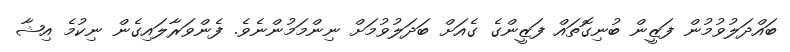
ބައްދަލުވުމުން ފަޒީން ބުނިގޮތައް ފަޒީންގެ ގެއަށް ބަދަލުވުމަށް ނިންމަމުންނެވެ. ފެންވަރާލައިގެން ނިކުމެ އިޝާ